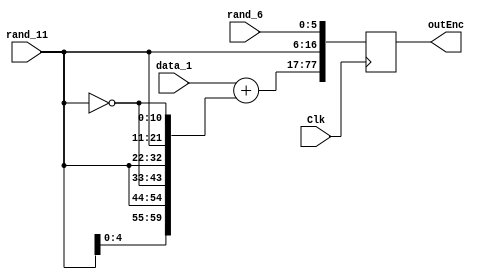
module encrypt_function_3 (Clk,data_1,outEnc,rand_11,rand_6);
    input Clk;
    input [59:0]data_1;
    input [10:0]rand_11;
    input [5:0]rand_6;
    output [77:0]outEnc;
    reg [77:0]outEnc;
    reg [59:0]b;
    reg [60:0]x;
    always @(posedge Clk) begin
        b[10:0]=~rand_11;
        b[21:11]=rand_11;
        b[32:22]=rand_11;
        b[43:33]=~rand_11;
        b[54:44]=rand_11;
        b[59:55]=rand_11[4:0];
        x=data_1+b;
        outEnc[77:17]=x;
        outEnc[16:6]=rand_11;
        outEnc[5:0]=rand_6;
    end
endmodule